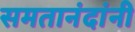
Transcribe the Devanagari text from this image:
समतानंदांनी